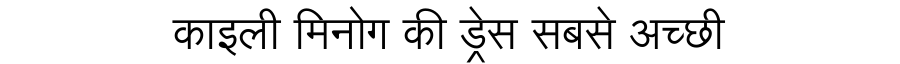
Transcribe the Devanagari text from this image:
काइली मिनोग की ड्रेस सबसे अच्छी